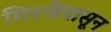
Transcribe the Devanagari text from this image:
मिरजेपासून